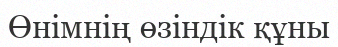
Өнімнің өзіндік құны